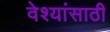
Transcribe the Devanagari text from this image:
वेश्यांसाठी